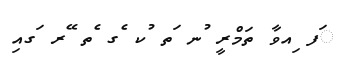
ަފ ިއވާ ތަމްރީ ުނ ަތ ުކ ެގ ެތ ޭރ ަގއި